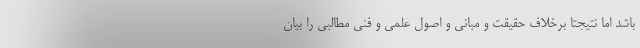
باشد اما نتیجتا برخلاف حقیقت و مبانی و اصول علمی و فنی مطالبی را بیان